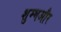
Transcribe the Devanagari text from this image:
शुम्भऔर